Annual administration and progress report of the Indian Medical Department, Bombay
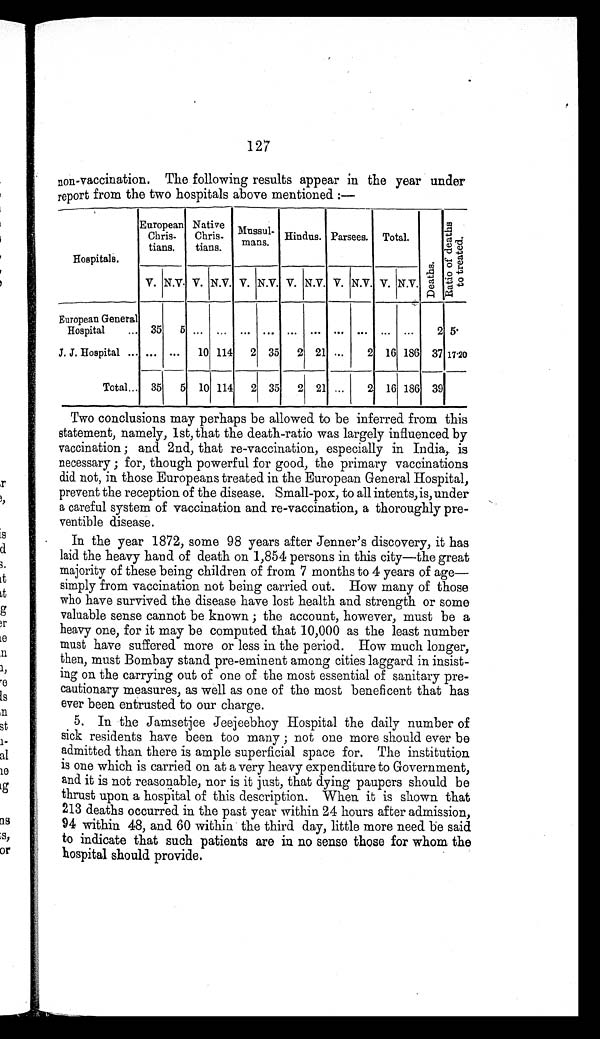
127
non-vaccination. The following results appear in the year under
report from the two hospitals above mentioned:—
Hospitals.
European
Chris-
tians.
Native
Chris-
tians.
M u s s u l -
mans. Hindus. Parsees. Total.
D e a t h s . R a t i o o f d e a t h s t o t r e a t e d .
V. N.V. V. N.V. V. N.V. V. N.V. V. N.V. V. N.V.
European General
Hospital . . . 35 5 . . . . . .
. . . . . . . . . . . . . . . . . . . . . . . . 2 5
J. J. Hospital . . . . . . . . . 10 114 2 35 2 21 . . . 2 16 186 37 17.20
Total . . . 35 5 10 114 2 35 2 21 . . . 2 16 186 39
Two conclusions may perhaps be allowed to be inferred from this
statement, namely, 1st, that the death-ratio was largely influenced by
vaccination; and 2nd, that re-vaccination, especially in India, is
necessary; for, though powerful for good, the primary vaccinations
did not, in those Europeans treated in the European General Hospital,
prevent the reception of the disease. Small-pox, to all intents, is, under
a careful system of vaccination and re-vaccination, a thoroughly pre--
ventible disease.
In the year 1872, some 98 years after Jenner's discovery, it has
laid the heavy hand of death on 1,854 persons in this city—the great
majority of these being children of from 7 months to 4 years of age—
simply from vaccination not being carried out. How many of those
who have survived the disease have lost health and strength or some
valuable sense cannot be known; the account, however, must be a
heavy one, for it may be computed that 10,000 as the least number
must have suffered more or less in the period. How much longer,
then, must Bombay stand pre-eminent among cities laggard in insist--
ing on the carrying out of one of the most essential of sanitary pre-
cautionary measures, as well as one of the most beneficent that has
ever been entrusted to our charge.
5. In the Jamsetjee Jeejeebhoy Hospital the daily number of
sick residents have been too many; not one more should ever be
admitted than there is ample superficial space for. The institution
is one which is carried on at a very heavy expenditure to Government,
and it is not reasonable, nor is it just, that dying paupers should be
thrust upon a hospital of this description. When it is shown that
213 deaths occurred in the past year within 24 hours after admission,
94 within 48, and 60 within the third day, little more need be said
to indicate that such patients are in no sense those for whom the
hospital should provide.